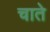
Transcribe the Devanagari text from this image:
चाते